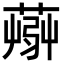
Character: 𦸹